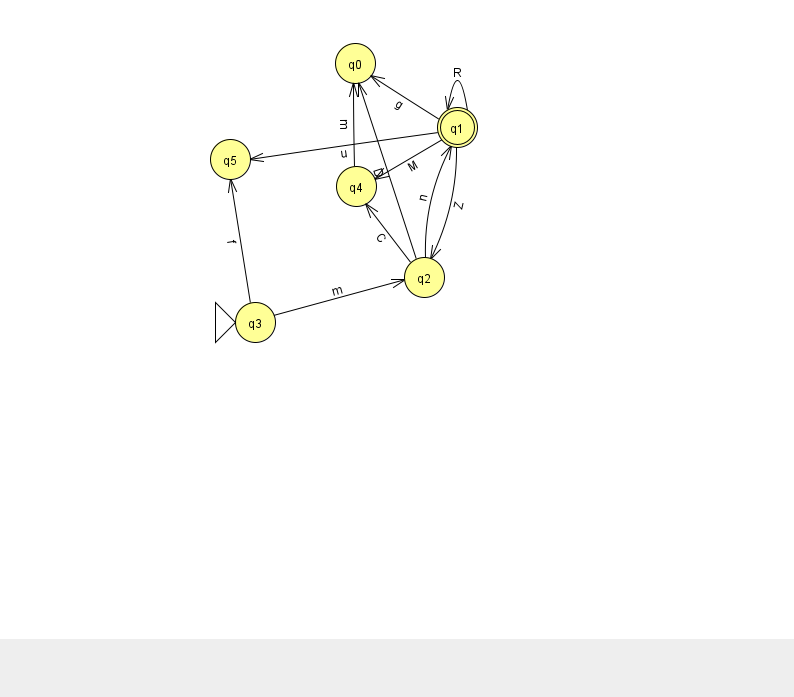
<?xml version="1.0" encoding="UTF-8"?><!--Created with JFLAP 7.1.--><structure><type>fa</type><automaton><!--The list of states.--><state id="0" name="q0"><x>355.0</x><y>50.0</y></state><state id="1" name="q1"><x>457.0</x><y>114.0</y><final/></state><state id="2" name="q2"><x>424.0</x><y>264.0</y></state><state id="3" name="q3"><x>255.0</x><y>309.0</y><initial/></state><state id="4" name="q4"><x>356.0</x><y>173.0</y></state><state id="5" name="q5"><x>230.0</x><y>146.0</y></state><!--The list of transitions.--><transition><from>2</from><to>1</to><read>n</read></transition><transition><from>1</from><to>1</to><read>R</read></transition><transition><from>1</from><to>2</to><read>Z</read></transition><transition><from>2</from><to>0</to><read>D</read></transition><transition><from>3</from><to>5</to><read>f</read></transition><transition><from>4</from><to>0</to><read>m</read></transition><transition><from>1</from><to>0</to><read>g</read></transition><transition><from>1</from><to>4</to><read>M</read></transition><transition><from>1</from><to>5</to><read>u</read></transition><transition><from>2</from><to>4</to><read>C</read></transition><transition><from>3</from><to>2</to><read>m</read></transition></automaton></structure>